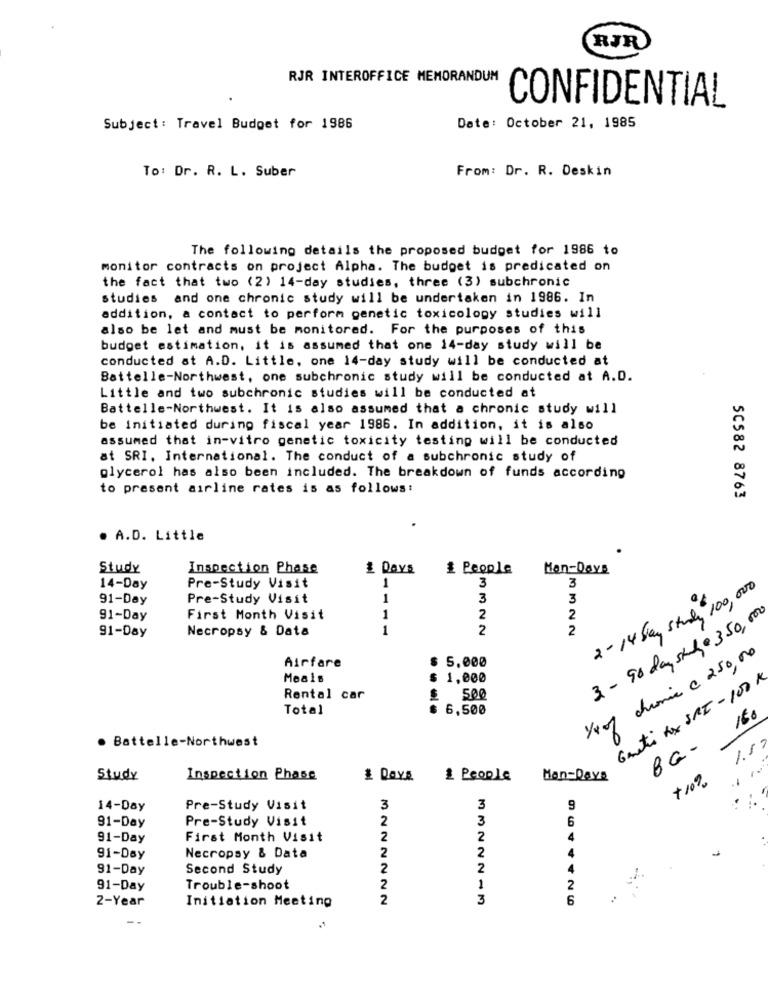
RJR
RJR INTEROFFICE MEMORANDUM
CONFIDENTIAL
Subject : Travel Budget for 1986
Date: October 21, 1985
To: Dr. R. L. Suber
From: Dr. R. Deskin
The following details the proposed budget for 1986 to
monitor contracts on project Alpha. The budget is predicated on
the fact that two (2) 14-day studies, three (3) subchronic
studies and one chronic study will be undertaken in 1986. In
addition, a contact to perform genetic toxicology studies will
also be let and must be monitored. For the purposes of this
budget estimation, it is assumed that one 14-day study will be
conducted at A.D. Little, one 14-day study will be conducted at
Battelle-Northwest, one subchronic study will be conducted at A.D.
Little and two subchronic studies will be conducted at
Battelle-Northwest. It is also assumed that a chronic study will
be initiated during fiscal year 1986. In addition, it is also
assumed that in-vitro genetic toxicity testing will be conducted
at SRI. International. The conduct of a subchronic study of
glycerol has also been included. The breakdown of funds according
to present airline rates is as follows:
SC582 8763
. A.D. Little
Study
Inspection Phase
£ Days
People
Man-Days
1
14-Day
Pre-Study Visit
3
3
2- 14 Som, study"100,000
91-Day
Pre-Study Visit
1
3
3
2
91-Day
First Month Visit
2
3 - 90 daysthe 350,000
91-Day
Necropsy & Data
11
2
2
Airfare
5.000
Yeof chronic C 250,00
Meals
1.000
Ganti Rx SRI - 100 K
Rental car
500
Total
$ 6,500
BG - 150
. Battelle-Northwest
1.1
Study
Inspection Phase
# DOYE
£ People
Man-Days
+ 10%
14-Day
Pre-Study Visit
3
3
9
91-Day
Pre-Study Visit
2
3
6
91-Day
First Month Visit
2
2
4
-
91-Day
Necropsy & Data
2
2
91-Day
Second Study
2
2
2
91-Day
Trouble-shoot
2
1
2-Year
2
3
6
Initiation Meeting